Scottish Leaving Certificate Examination, 1957
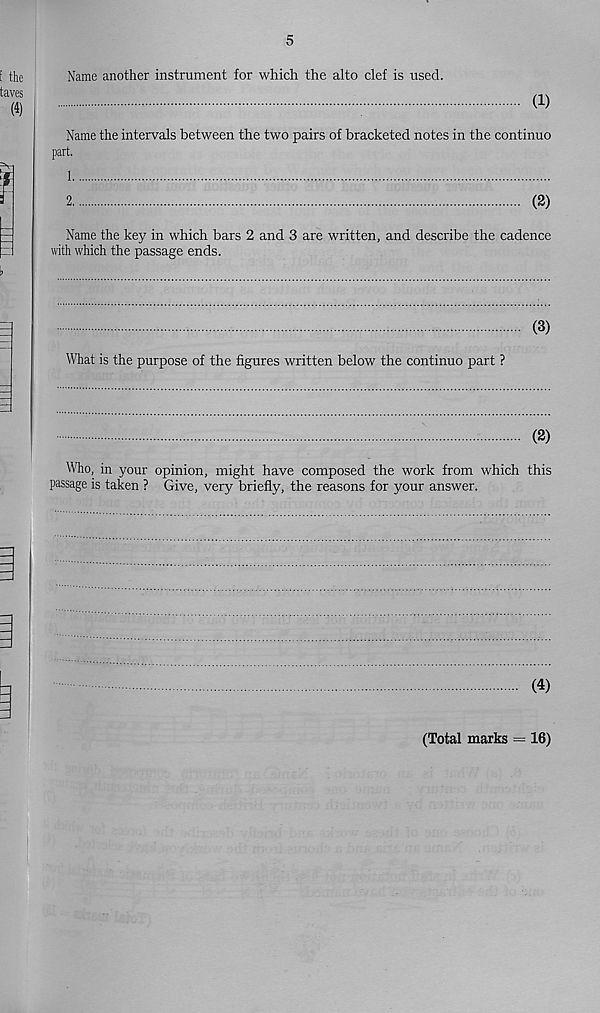
5
Name another instrument for which the alto clef is used.
(1)
Name the intervals between the two pairs of bracketed notes in the continuo
part.
1
2
(2)
Name the key in which bars 2 and 3 are written, and describe the cadence
with which the passage ends.
(3)
What is the purpose of the figures written below the continuo part ?
(2)
Who, in your opinion, might have composed the work from which this
passage is taken ? Give, very briefly, the reasons for your answer.
(4)
(Total marks = 16)